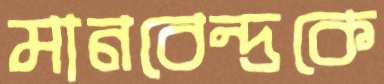
মানবেন্দ্রকে